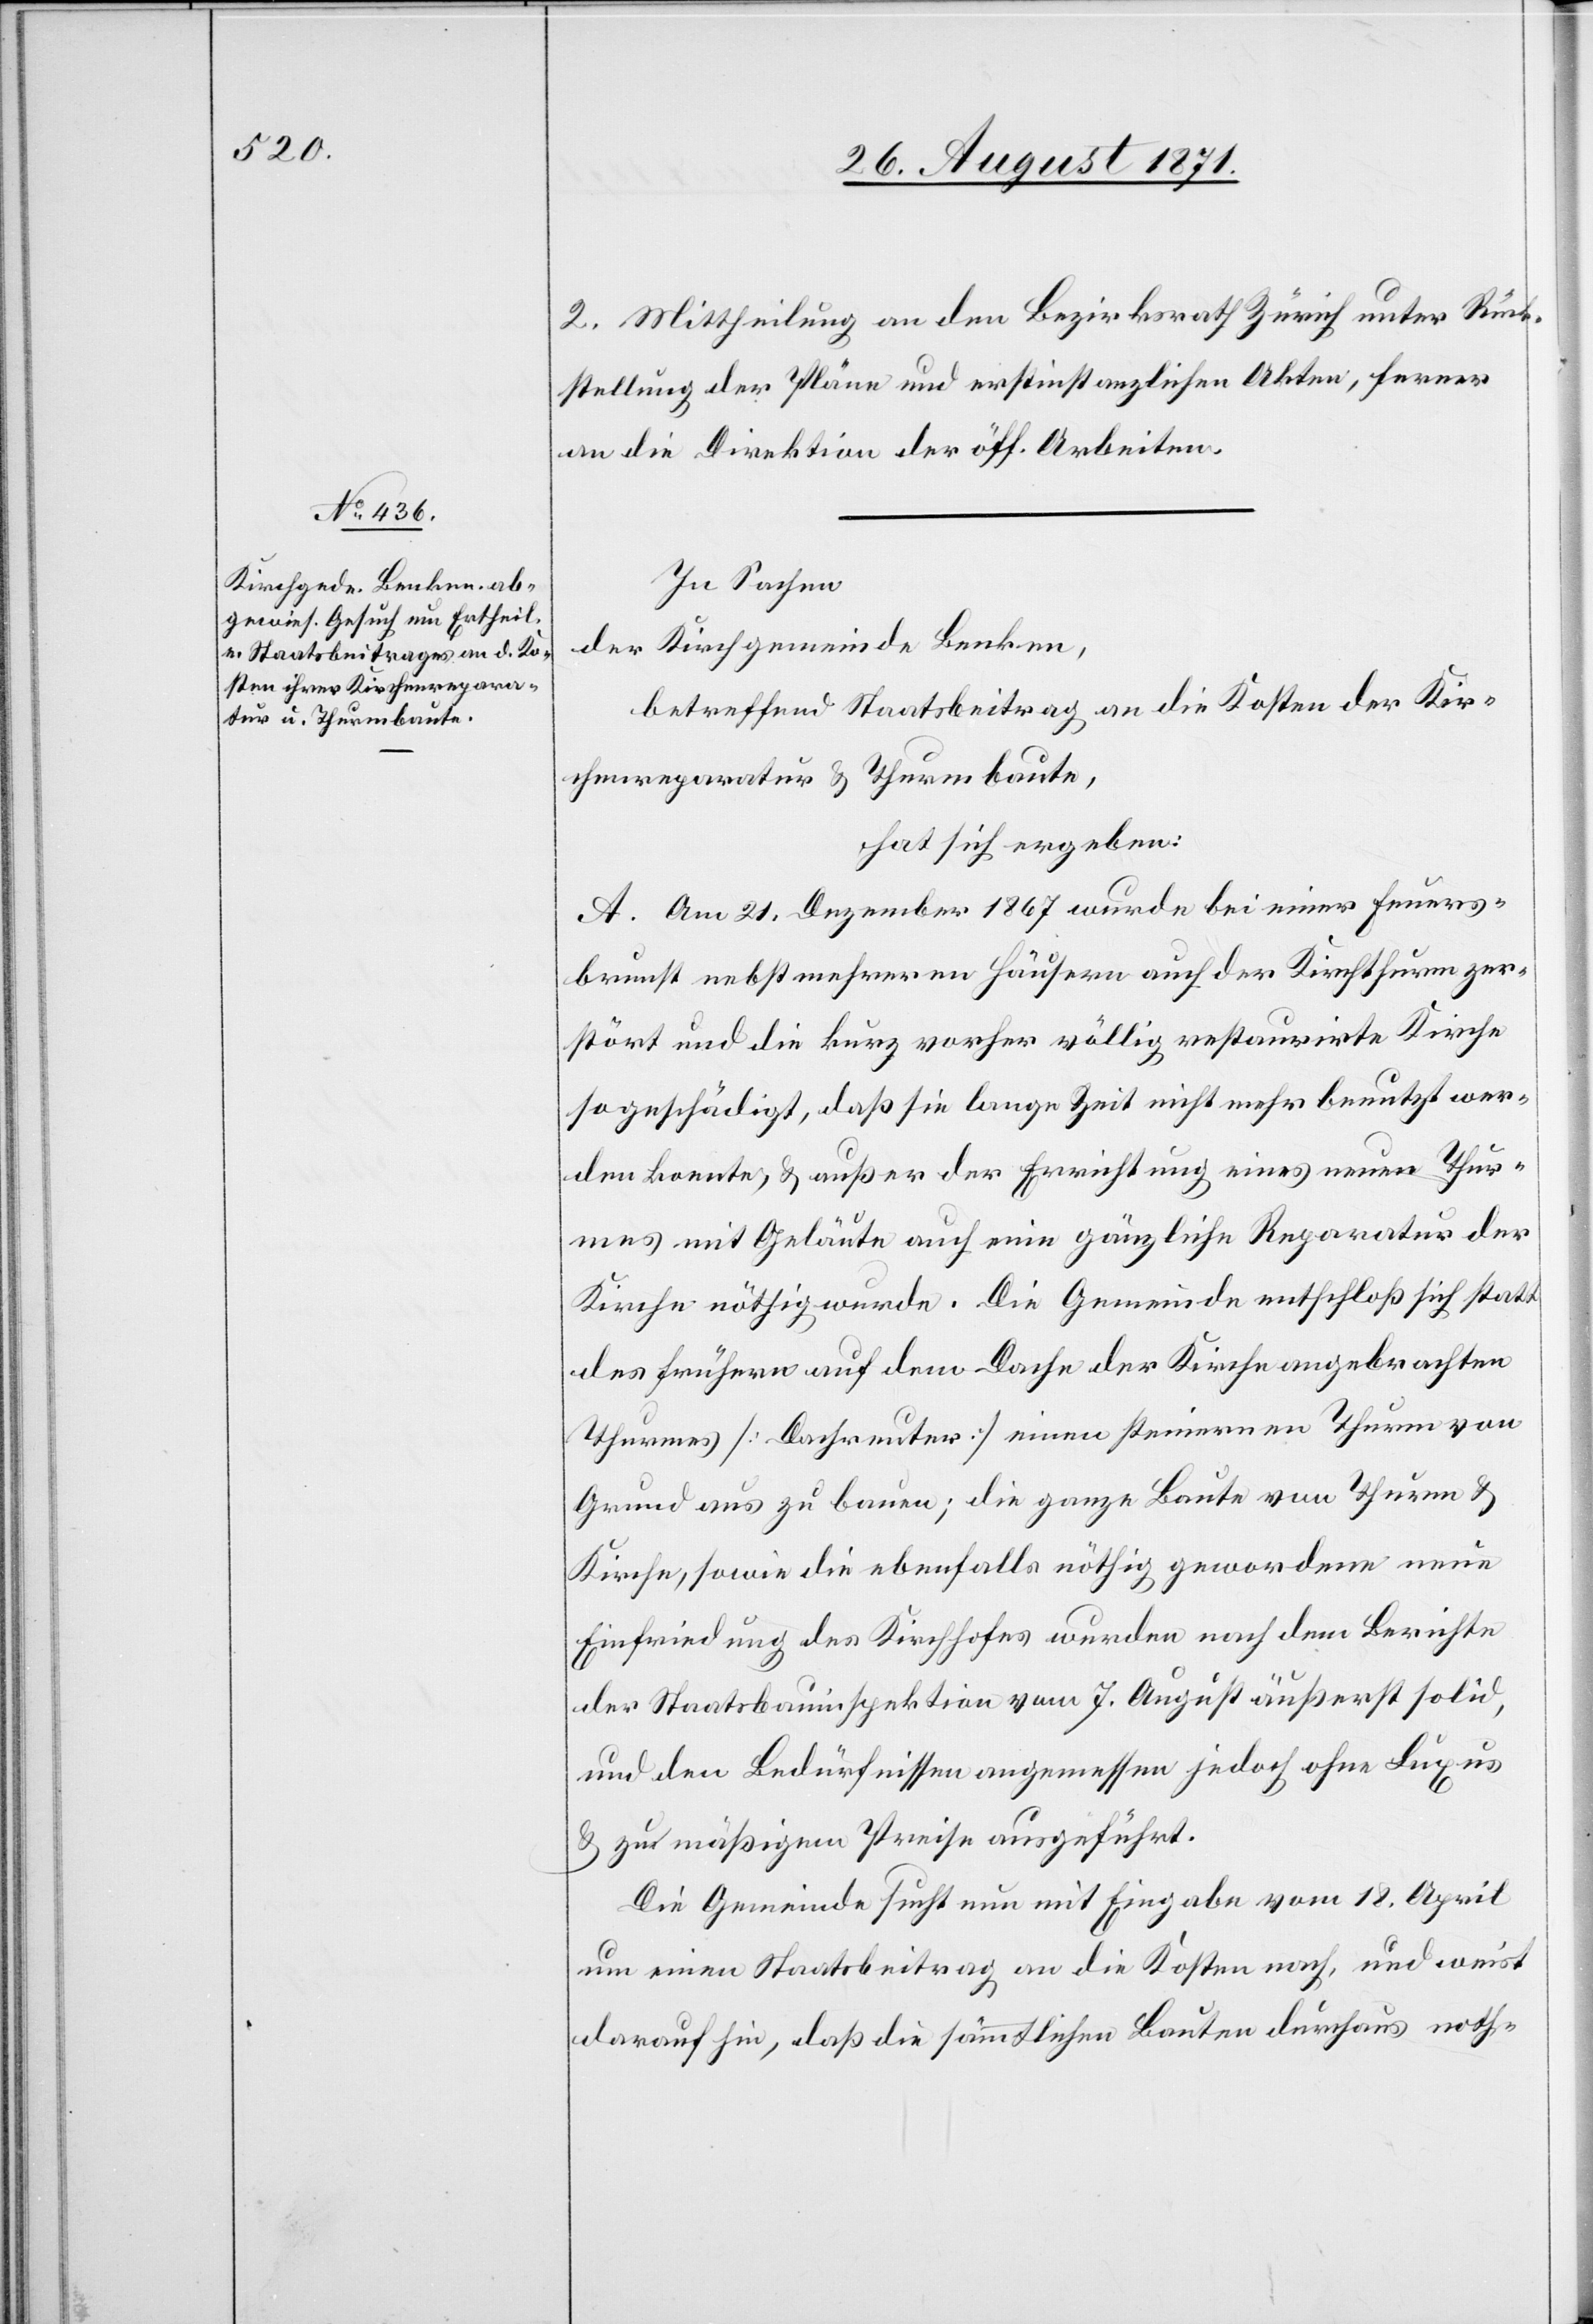
2. Mittheilung an den Bezirksrath Zürich unter Rück¬
stellung der Pläne und erstinstanzlichen Akten, ferner
an die Direktion der öff. Arbeiten.
In Sachen
der Kirchgemeinde Benken,
betreffend Staatsbeitrag an die Kosten der Kir¬
chenreparatur & Thurmbaute,
hat sich ergeben:
A. Am 21. Dezember 1867 wurde bei einer Feuers¬
brunst nebst mehreren Häusern auch der Kirchthurm zer¬
stört und die kurz vorher völlig restaurirte Kirche
so geschädigt, daß sie lange Zeit nicht mehr benutzt wer¬
den konnte, & außer der Errichtung eines neuen Thur¬
mes mit Geläute auch eine gänzliche Reparatur der
Kirche nöthig wurde. Die Gemeinde entschloß sich statt
des frühern auf dem Dache der Kirche angebrachten
[recte: Dachreiter]] einen steinernen Thurm von
Grund aus zu bauen; die ganze Baute von Thurm &
Kirche, sowie die ebenfalls nöthig gewordene neue
Einfriedung des Kirchhofes wurden nach dem Berichte
der Staatsbauinspektion vom 7. August äußerst solid,
und den Bedürfnissen angemessen jedoch ohne Luxus
& zu mäßigem Preise ausgeführt.
Die Gemeinde sucht nun mit Eingabe vom 18. April
um einen Staatsbeitrag an die Kosten nach, und weist
darauf hin, daß die sämmtlichen Bauten durchaus noth-